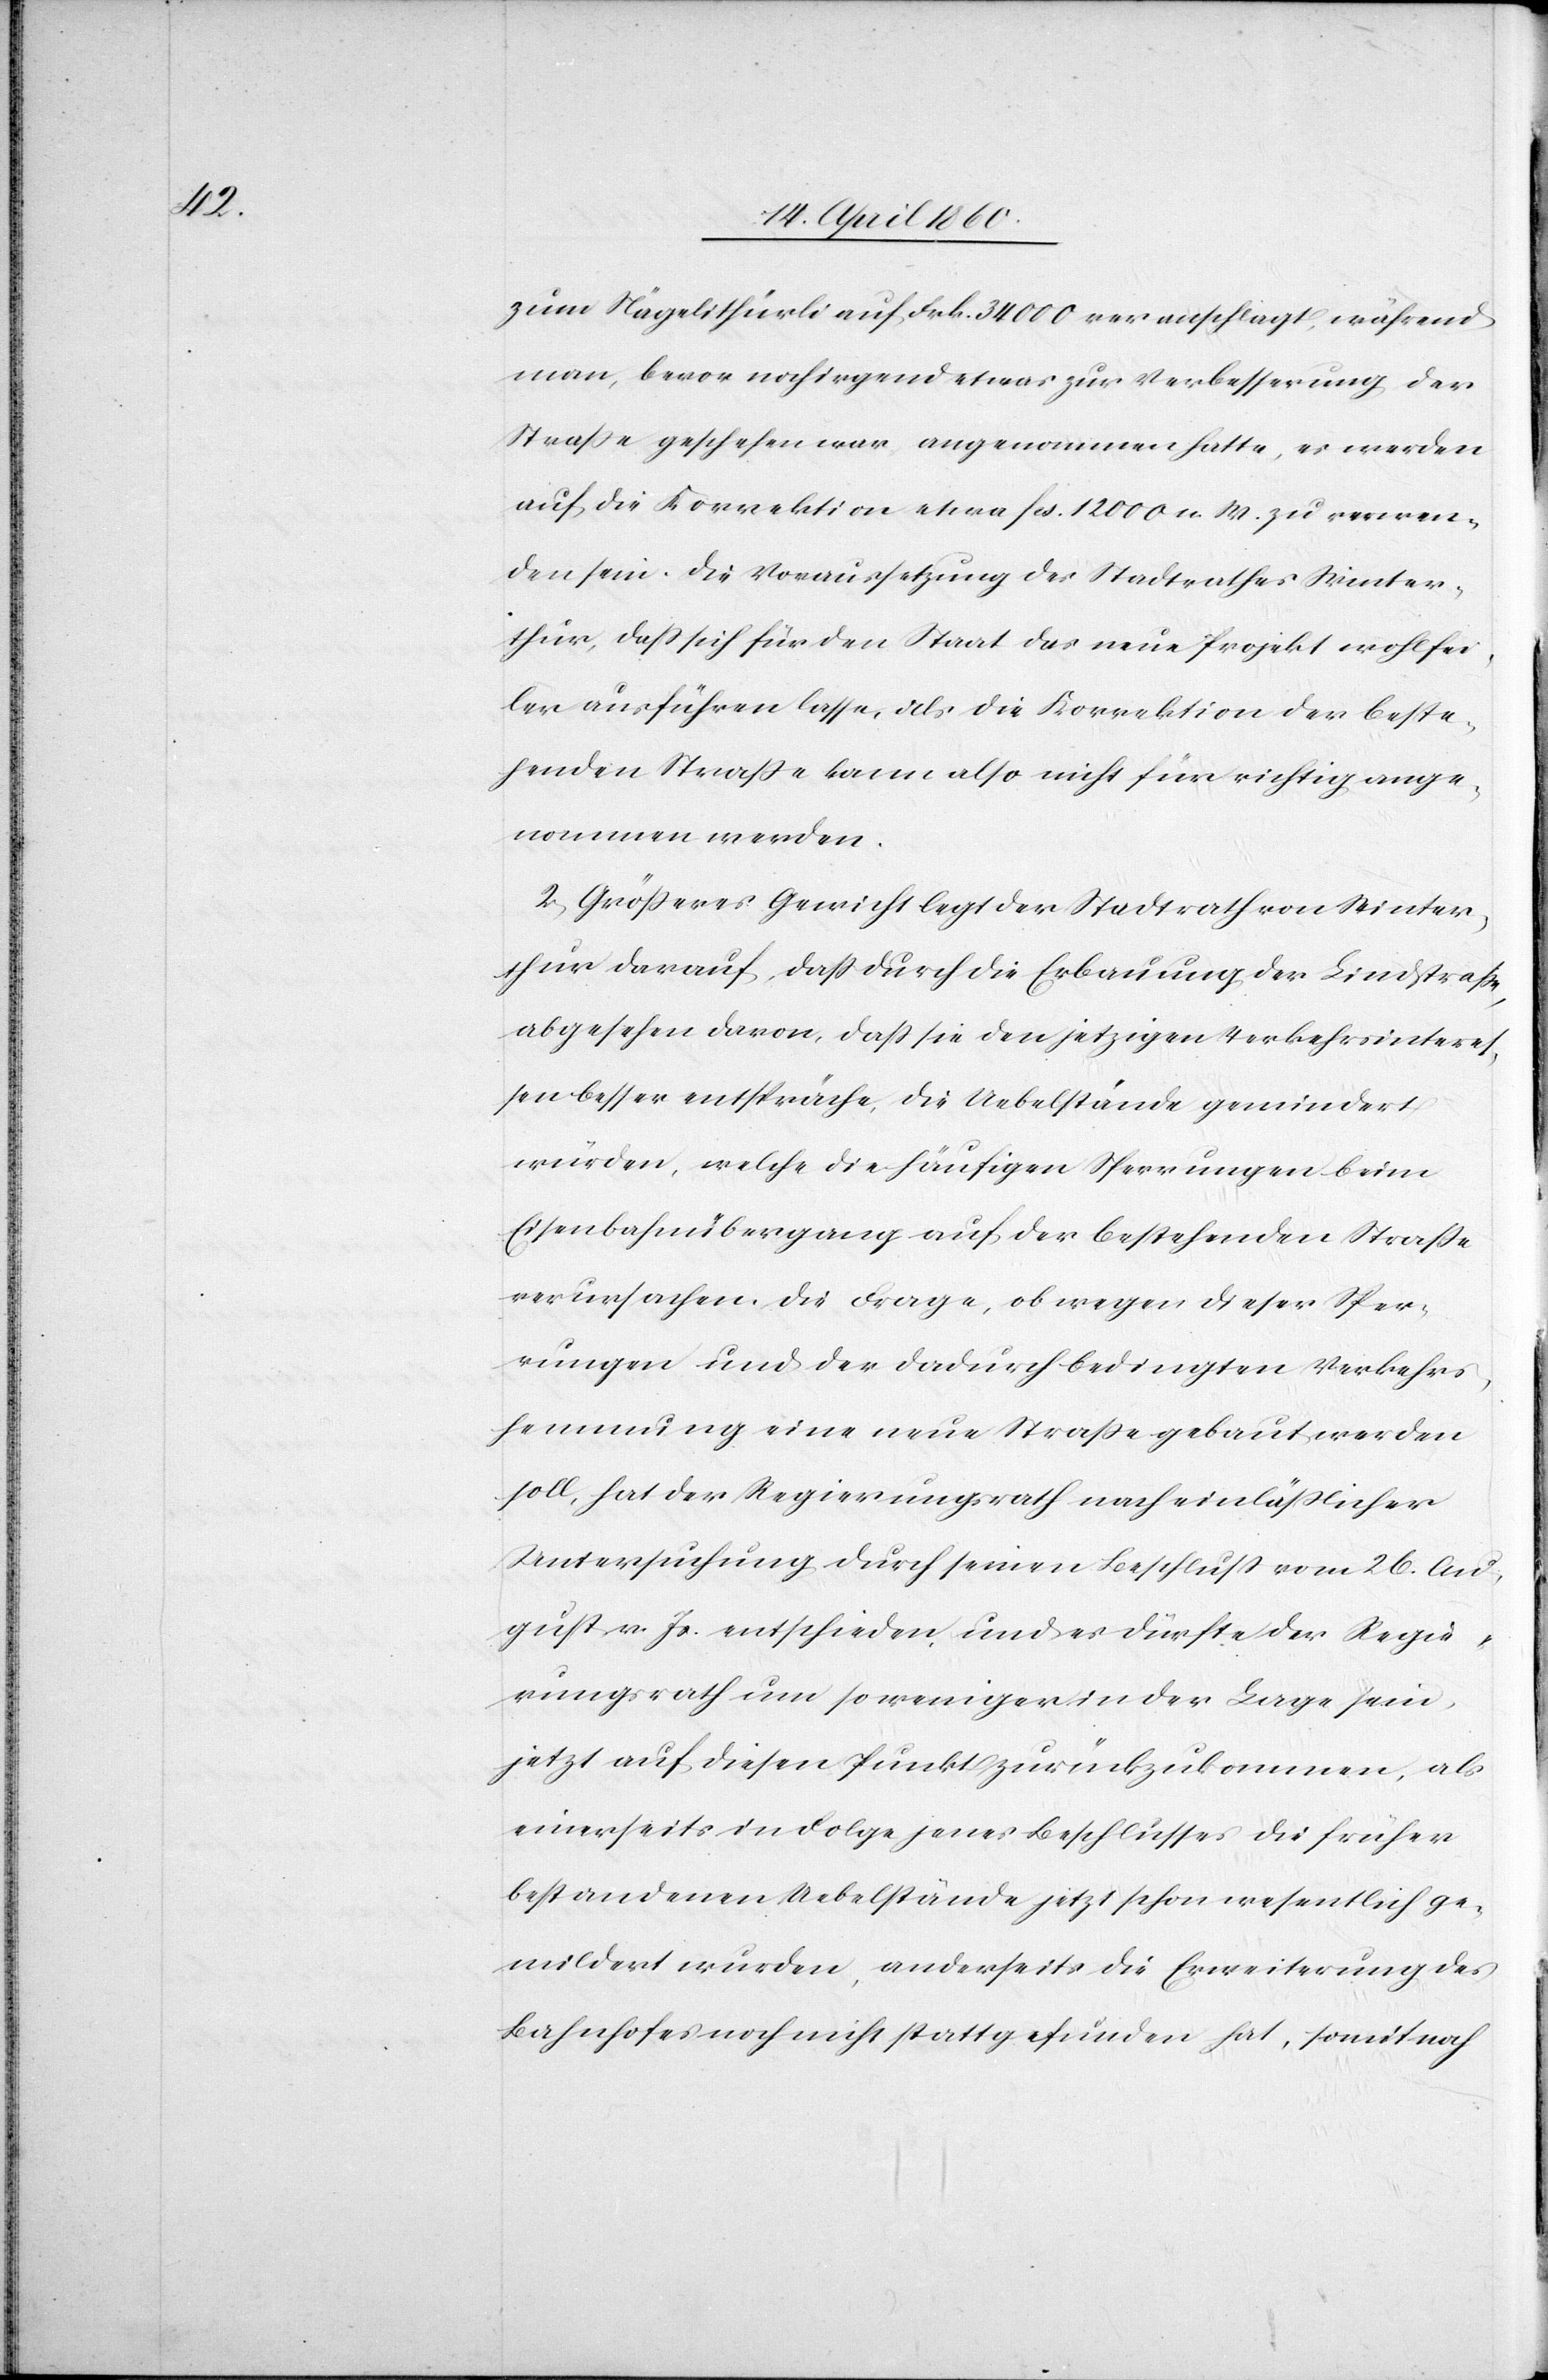
zum Nägelithürli auf Frk. 34 000 veranschlagt, während
man, bevor noch irgend etwas zur Verbesserung der
Strasse geschehen war, angenommen hatte, es werden
auf die Korrektion etwa fcs. 12 000 n. W. zu verwen¬
den sein. Die Voraussetzung des Stadrathes Winter¬
thur, dass sich für den Staat das neue Projekt wohl fei¬
ler ausführen lasse, als die Korrektion der beste¬
henden Strasse kann also nicht für richtig ange¬
nommen werden.
2. Größeres Gewicht legt der Stadtrath von Winter¬
thur darauf, dass durch die Erbauung der Lindstrasse,
abgesehen davon, dass sie den jetzigen Verkehrsinteres¬
sen besser entspräche, die Uebelstände gemindert
würden, welche die häufigen Sperrungen beim
Eisenbahnübergang auf der bestehenden Strasse
verursachen. Die Frage, ob wegen dieser Sper¬
rungen und der dadurch bedingten Verkehrs¬
hemmung eine neue Strasse gebaut werden
soll, hat der Regierungsrath nach einläßlicher
Untersuchung durch seinen Beschluss vom 26. Au¬
gust v. Js. entschieden, und es dürfte der Regie¬
rungsrath um so weniger in der Lage sein
jetzt auf diesen Punkt zurückzukommen, als
einerseits in Folge jenes Beschlusses die früher
bestandenen Uebelstände jetzt schon wesentlich ge¬
mildert wurden, anderseits die Erweiterung des
Bahnhofes noch nicht stattgefunden hat, somit noch